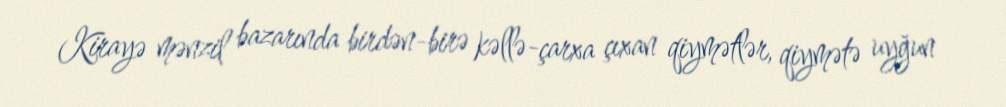
Kirayə mənzil bazarında birdən-birə kəllə-çarxa çıxan qiymətlər, qiymətə uyğun